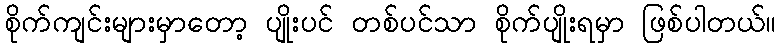
စိုက်ကျင်းများမှာတော့ ပျိုးပင် တစ်ပင်သာ စိုက်ပျိုးရမှာ ဖြစ်ပါတယ်။